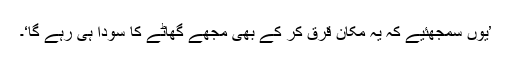
’یوں سمجھئیے کہ یہ مکان قرق کر کے بھی مجھے گھاٹے کا سودا ہی رہے گا‘۔